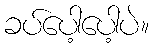
ခပ်ပေါ့ပေါ့ပဲ။